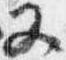
又